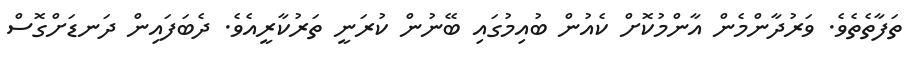
ތަފާތެތެވެ. ވަރުދާންމެން އާންމުކޮށް ކެއުން ބުއިމުގައި ބޭނުން ކުރަނީ ތަރުކާރީއެވެ. ދެބަފައިން ދަނޑަށްގޮސް